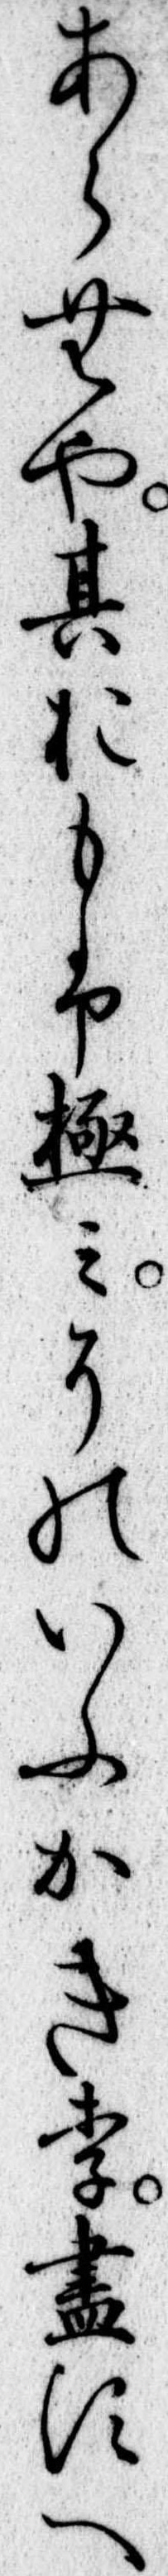
あらむや其おもふ極みそのいふかきり尽すへ